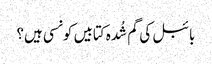
بائبل کی گم شُدہ کتابیں کونسی ہیں؟